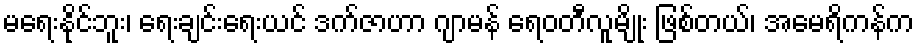
မရေးနိုင်ဘူး၊ ရေးချင်းရေးယင် ဒက်ဇာဟာ ဂျာမန် ရေဝတီလူမျိုး ဖြစ်တယ်၊ အမေရိကန်က